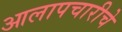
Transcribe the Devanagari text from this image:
आलापचारीचे